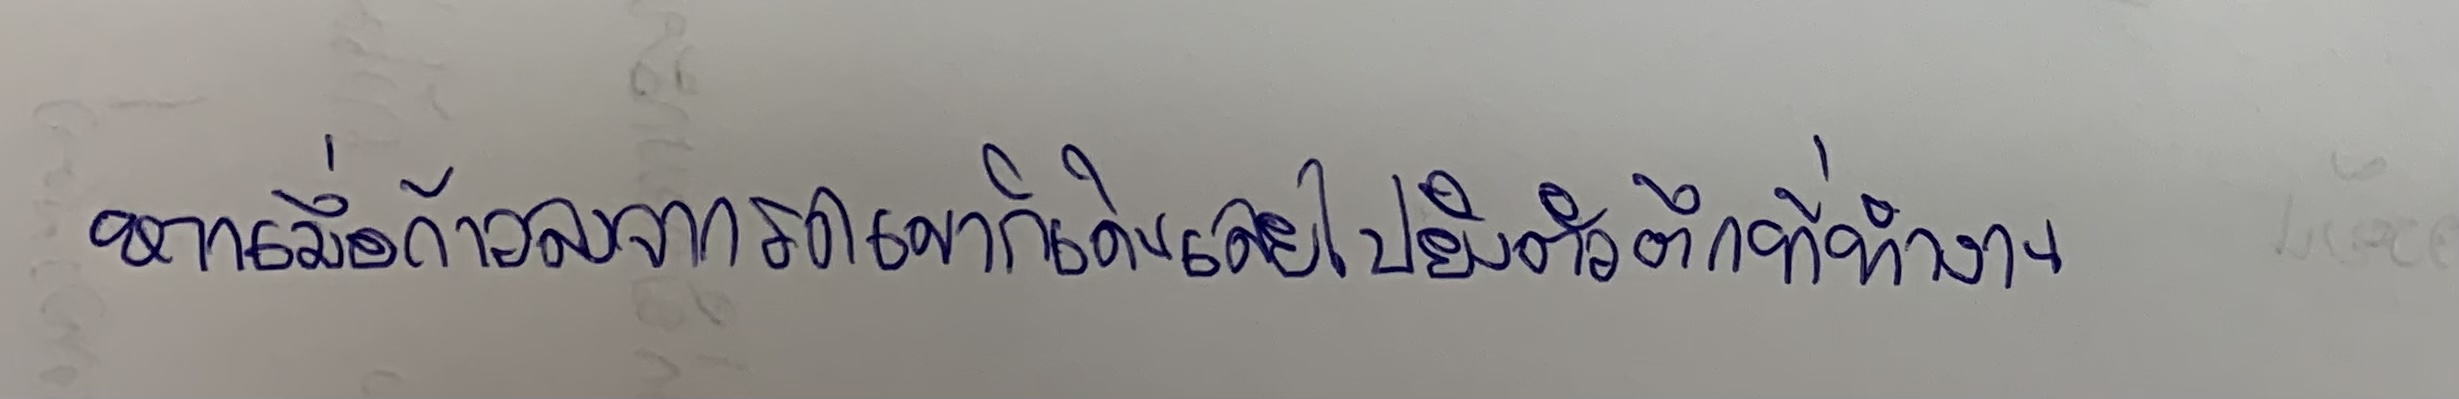
หากเมื่อก้าวลงจากรถเขาก็เดินเลยไปยังตัวตึกที่ทำงาน